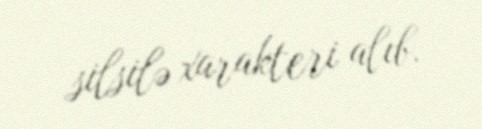
silsilə xarakteri alıb.